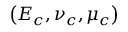
\left( E _ { c } , \nu _ { c } , \mu _ { c } \right)